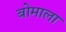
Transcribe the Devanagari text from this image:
बोमाला